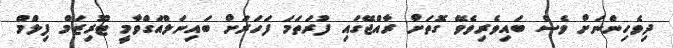
ދިވެހިންނަށް ވެސް ބައިވެރިވެވޭ ގޮތަށް ރާއްޖޭގައި ފުރަތަމަ ފަހަރަށް ބައިނަލްއަގްވާމީ ޓޫރިޒަމް ފިލްމް